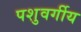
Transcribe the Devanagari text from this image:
पशुवर्गीय